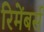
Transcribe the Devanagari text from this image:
रिमेंबर्स